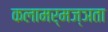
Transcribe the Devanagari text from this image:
कलामर्मज्ञता